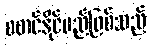
စတင်နိုင်မည်ဖြစ်သည်